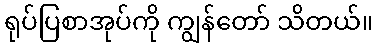
ရုပ်ပြစာအုပ်ကို ကျွန်တော် သိတယ်။